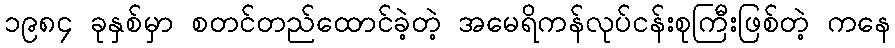
၁၉၈၄ ခုနှစ်မှာ စတင်တည်ထောင်ခဲ့တဲ့ အမေရိကန်လုပ်ငန်းစုကြီးဖြစ်တဲ့ ကနေ